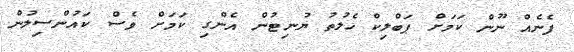
ފެނެއް ނޫން ކަމަށް ޕަބްލިކް ހެލުތު ޔުނިޓުން އެންގި ކަމަށް ވެސް ކައުންސިލުން